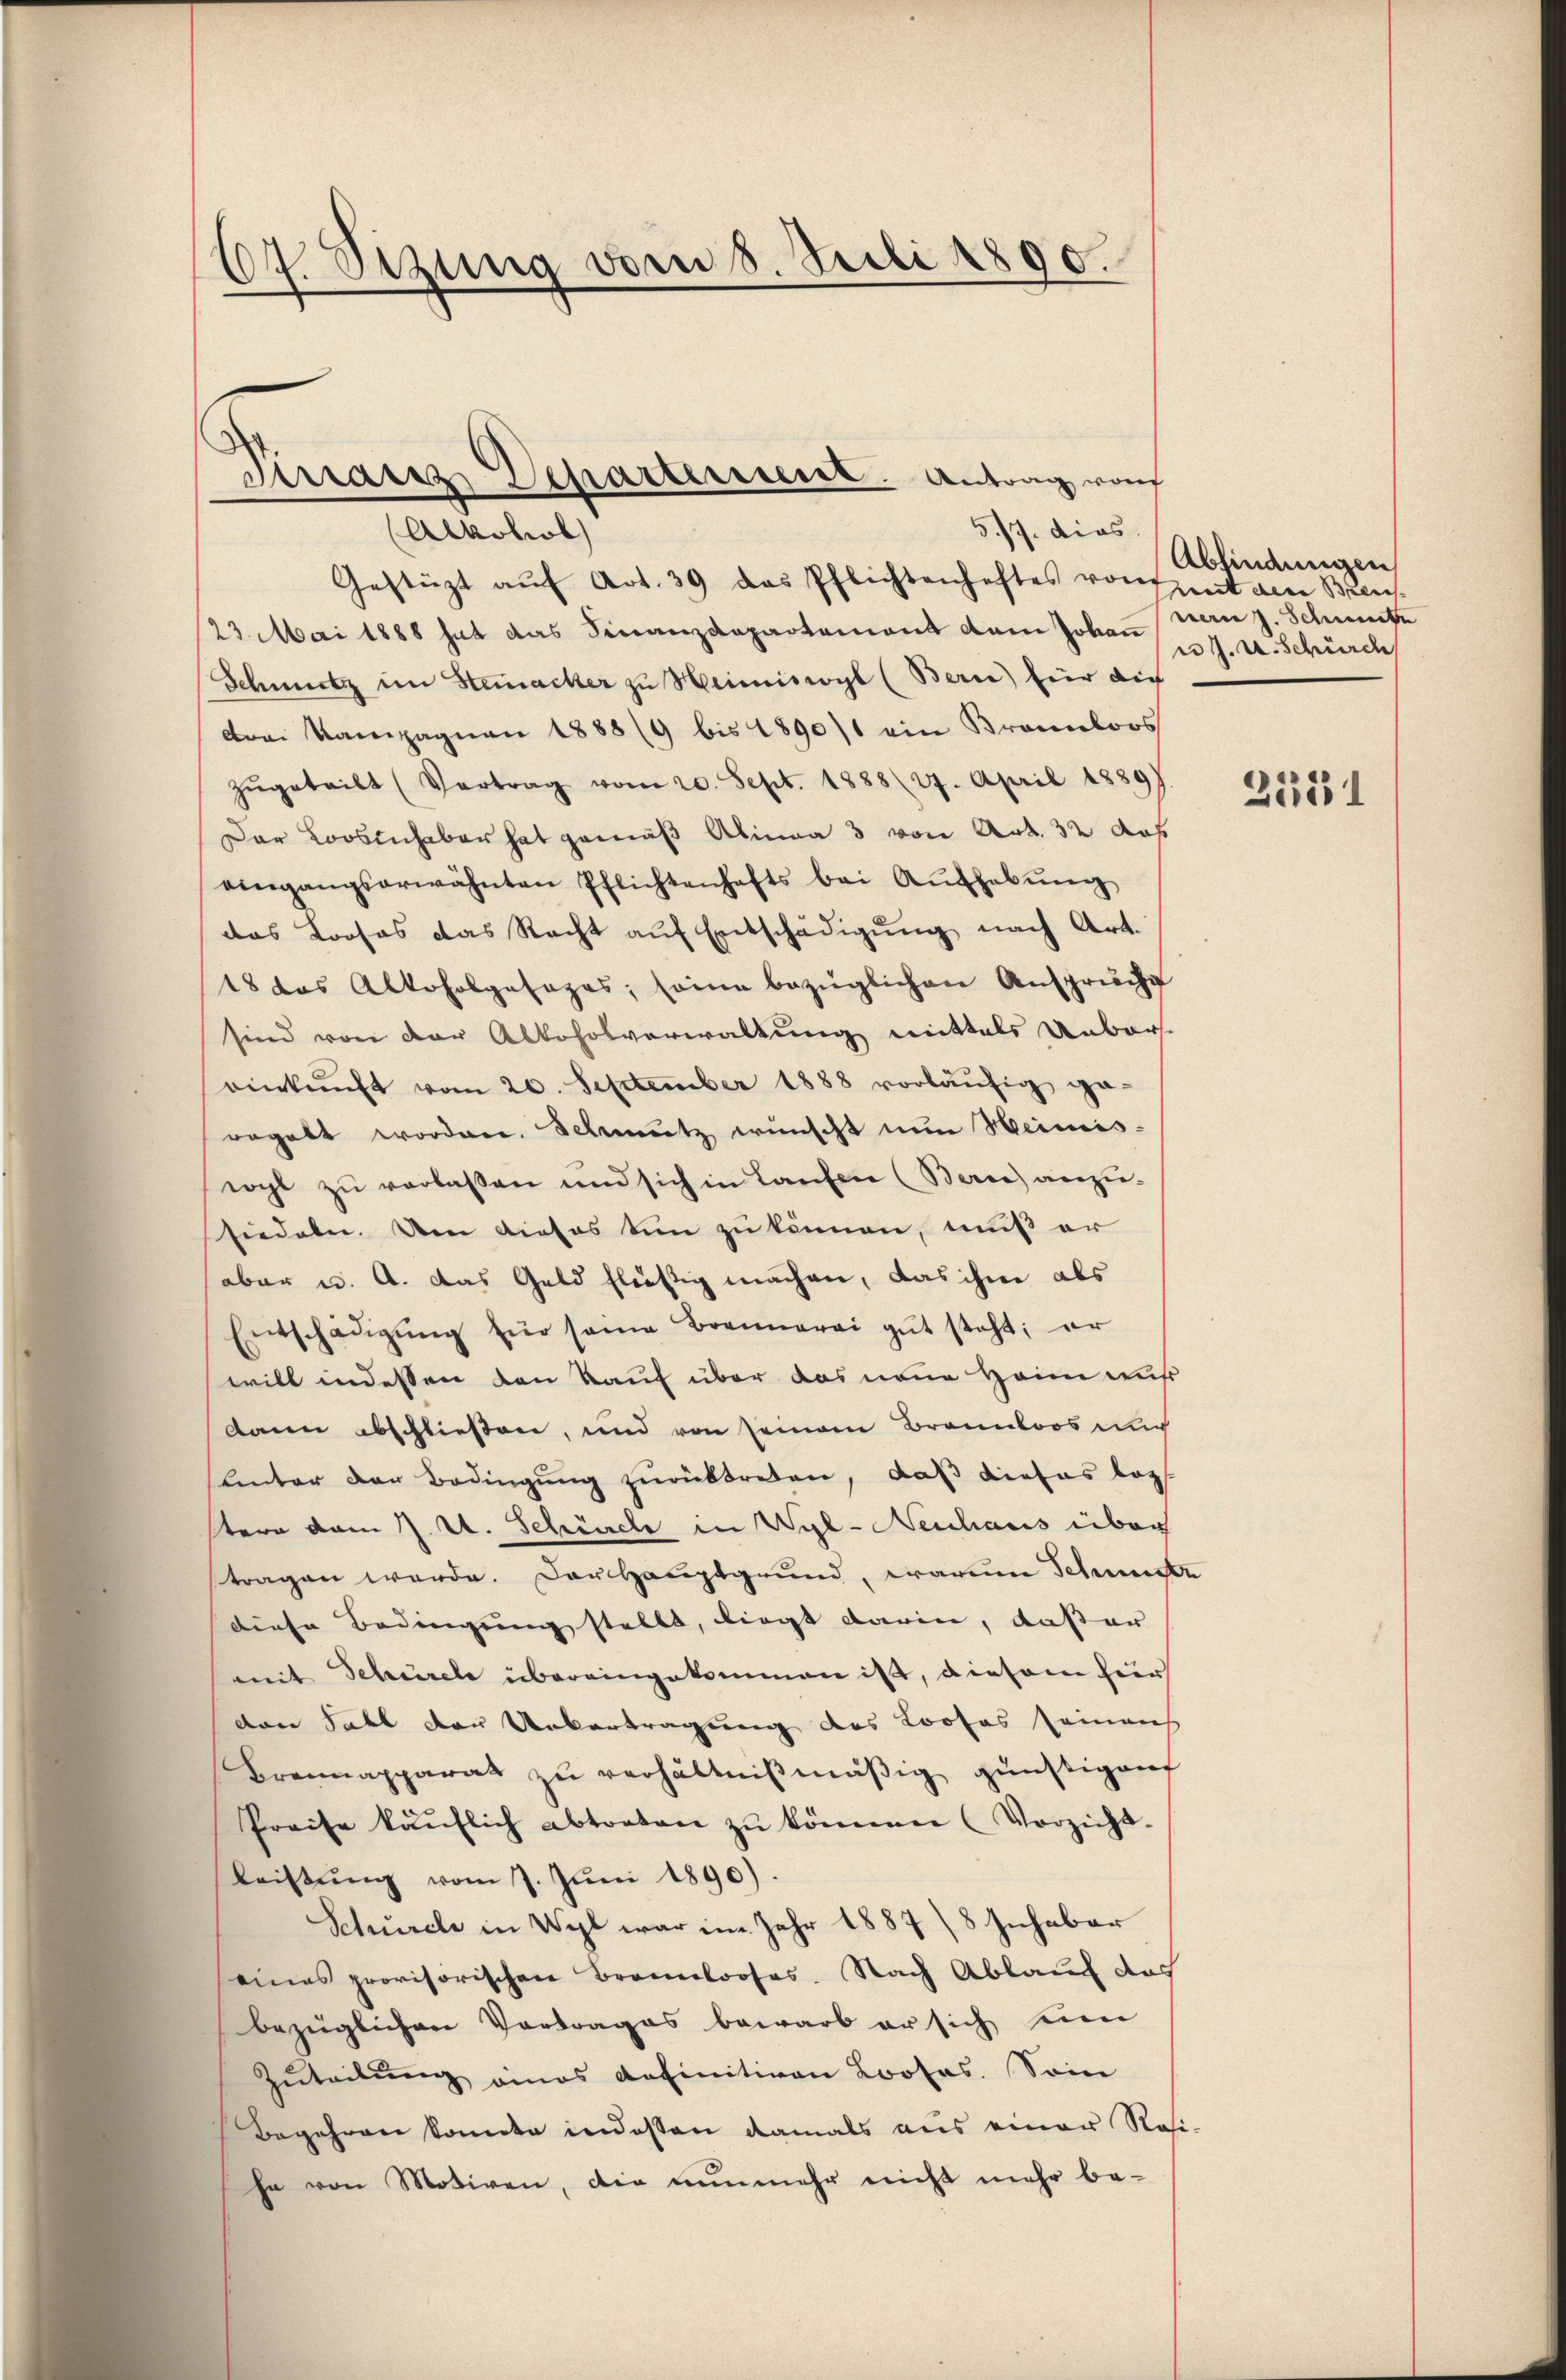
107. Sizung vom 8. Juli 1890.

Finanz, Departeissent. Antrag von
5/7. dies
Alkohol

Gestützt aŭf Art. 39 das Pflichtenhaftes von Zeit den Bren
23. Mai 1888 hat das Finanzdepartement dem Johannern J. Schmutz
Schmutz im Steinacker zu Heimiswyl (Bern) für die
drei Kampagnen 1888/9 bis 1890/1 ein Kronloos
zŭgeteilt (Vortrag vom 20. Sept. 1888 (27. April 1889)
Dar Loosinhaber hat gemäß Alina 3 von Art. 32 das
eingangserwähnten Pflichtenhafts bei Aŭfhebŭng
das Prosas das Recht auf Entschädigung nach Art.
18 das Alkoholgesages, seine bezüglichen Ansprüche
sind von der Alkoholverwaltung mittels Unbar-
einkunft vom 20. September 1888 vorläŭfig ge-
regelt worden. Schmutz wünscht nun Heimis-
wyl zu verlaßen und sich in Laufen (Berce anzusiedeler. Den dieses den zu können, muß er
aber u. A. Das Geld flüßig machen, das ihre als
Entschädigŭng für seine Brennerei gut steht; er
will indessen den Kauf über das neue Heim auß
dann abschließen, und von seinem Brannloos un
Lnter der Bedingung zurücktreten, daß dieses log
tere vom J. U. Schürche in Wyl-Neuhaus über
tragen werde. Das Hauptgrund, warum Schnete
diese Bedingung stellt, liegt darin, daßer
mit Schürcle übereingekommen ist, diesem hier
den Fall der Untertragung des Loofas seinaus
Brannapparat zŭ verhältnißmäßig günstigenf
Preise käŭflich abtreten zŭ können (Verzicht.
leistŭng vom 7. Jŭni 1890).
Schürche in Wyl war im Jahr 1887) 8 Inhaber
eines provisorischen Brannlooses. Nach Ablauf das
bezüglichen Vortrages bewarb er sich seien
Zŭteilŭng eines definitiven Looses. Sonn
Begehren konnte indessen damals aus einer Rosi-
ha von Motiven, die nunmehr nicht mehr be¬

Abfindungen
r J. u. Schürch

2551